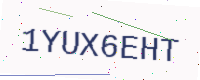
Text: 1YUX6EHT